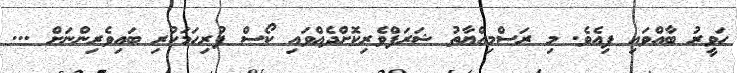
ހަވީރު ބާއްވައި ފިއެވެ. މި ރަސްމިއްޔާތު ޝަރަފްވެރިކޮށްދެއްވައި ކޯސް ފުރިހަމަކުރި ބައިވެރިންނަށް ...